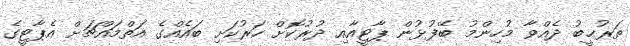
ތަރުޙީބު ދެއްވާ މުހިންމު ބޭފުޅުން ޕާޓީއާއި ދުރުކޮށް ހަރުކަށި ބައެއްގެ އަތްމައްޗަށް އެޕާޓީގެ